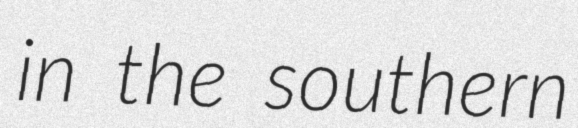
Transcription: in the southern